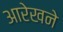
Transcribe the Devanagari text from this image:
आरेखने